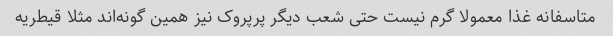
متاسفانه غذا معمولا گرم نیست حتی شعب دیگر پرپروک نیز همین گونه‌اند مثلا قیطریه